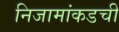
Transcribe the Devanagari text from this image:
निजामांकडची